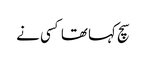
سچ کہا تھا کسی نے